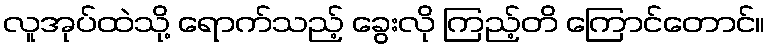
လူအုပ်ထဲသို့ ရောက်သည့် ခွေးလို ကြည့်တိ ကြောင်တောင်။